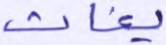
يغاث